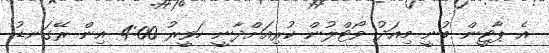
އެ ޕާޓީން ބުނީ މިއަދު ވޯޓްލުން ކުރިއަށްދާނީ ހަވީރު 4:00 އިން ރޭގަނޑު